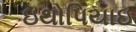
ઇથોપિયાઇ